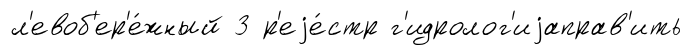
л'евоб'ер'е́жный 3 р'еjе́стр г'идролог'иjаправ'ить